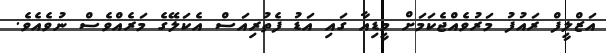
އަޒްލީފް ރައުފު މަރުވެއްޖެކަމަށް މީޑިއާ ގައި އަޑު ފެތުރިއަސް އެކަލޭގެ މަރެއްވެސް ނުވެއެވެ.